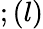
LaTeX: ;(l)